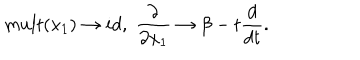
m u l t ( x _ { 1 } ) \rightarrow i d , \; \frac { \partial } { \partial x _ { 1 } } \rightarrow \beta - t \frac { d } { d t } .